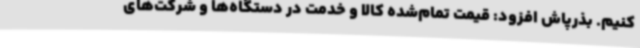
کنیم. بذرپاش افزود: قیمت تمام‌شده کالا و خدمت در دستگاه‌ها و شرکت‌های